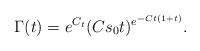
\begin{align*}\Gamma(t)= e^{C_t} (C s_0 t)^{e^{-Ct(1 + t)}}.\end{align*}